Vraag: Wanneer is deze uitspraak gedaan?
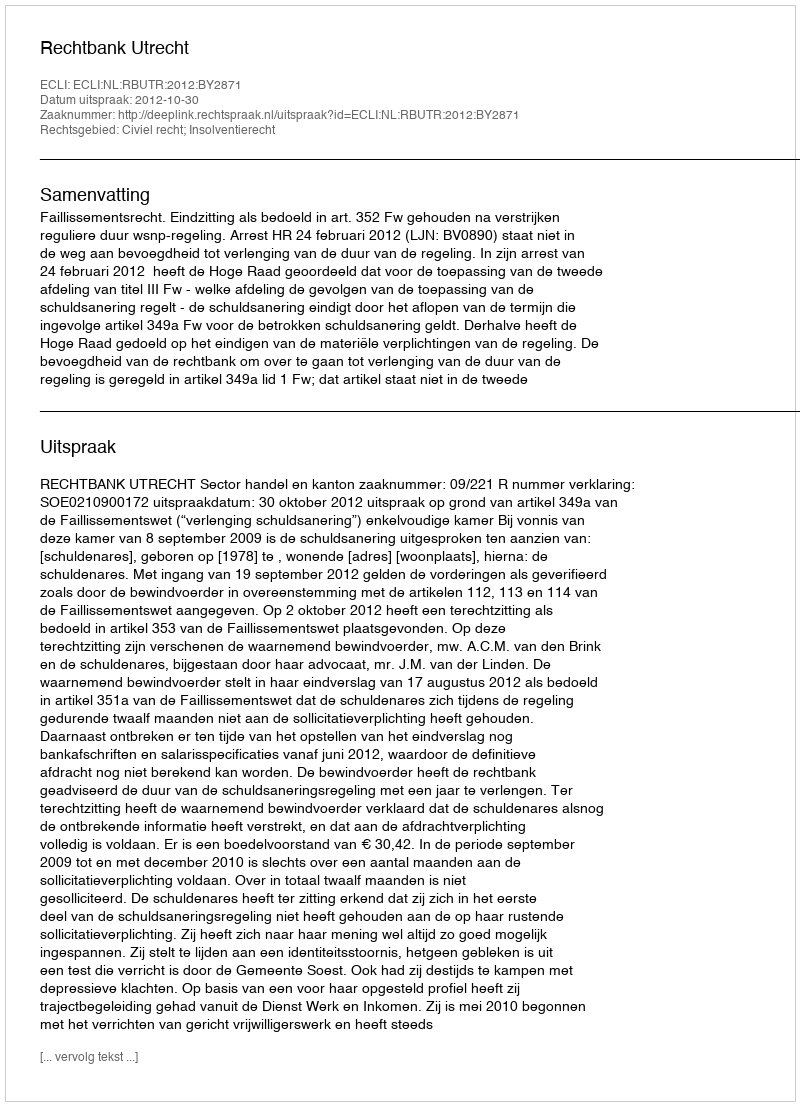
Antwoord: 2012-10-30